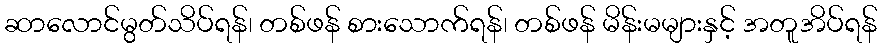
ဆာလောင်မွတ်သိပ်ရန်၊ တစ်ဖန် စားသောက်ရန်၊ တစ်ဖန် မိန်းမများနှင့် အတူအိပ်ရန်